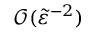
\mathcal { O } ( \tilde { \varepsilon } ^ { - 2 } )